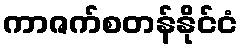
ကာဇက်စတန်နိုင်ငံ